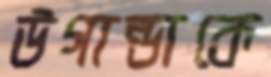
উগান্ডাকে